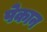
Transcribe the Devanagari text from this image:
पेकान